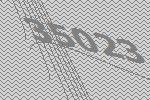
35023